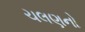
ચલણનો